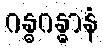
ဂန္ဓဂန္ဓာနံ